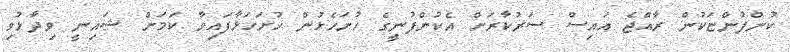
ކުންފުންޏަކުން ރާއްޖެ އައިސް ސަރުކާރަށް އެކުންފުނީގެ ހުށަހެޅުން ހުށަހަޅާފައިވާ ކަމަށް ޝައިނީ ވިދާޅުވި